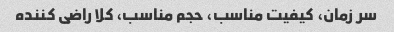
سر زمان، کیفیت مناسب، حجم مناسب، کلا راضی کننده